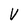
Character: V